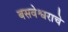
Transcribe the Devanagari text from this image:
बसवेश्वराचे